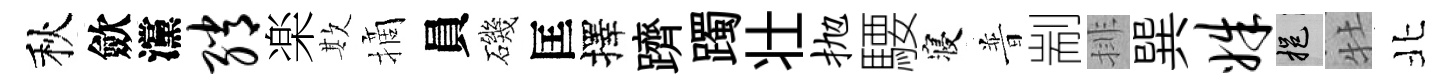
秋歛灙绡楽欺摘員磯匡擇躋躅壮抛騕寝普剬排巽姝挹牡北